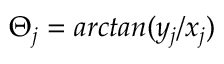
\Theta _ { j } = a r c t a n ( y _ { j } / x _ { j } )